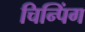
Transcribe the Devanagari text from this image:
चिन्पिंग